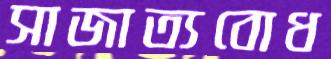
সাজাত্যবোধ